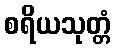
စရိယသုတ္တံ